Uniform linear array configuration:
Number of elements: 16
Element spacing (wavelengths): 0.75
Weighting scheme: uniform
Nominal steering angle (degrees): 30
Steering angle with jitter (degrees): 31.899
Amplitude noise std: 0.05
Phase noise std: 0.05

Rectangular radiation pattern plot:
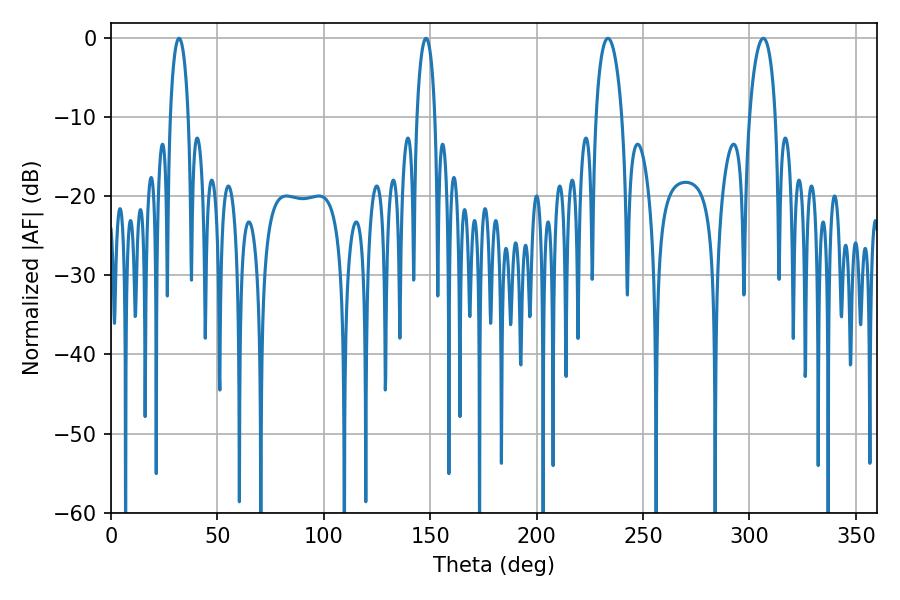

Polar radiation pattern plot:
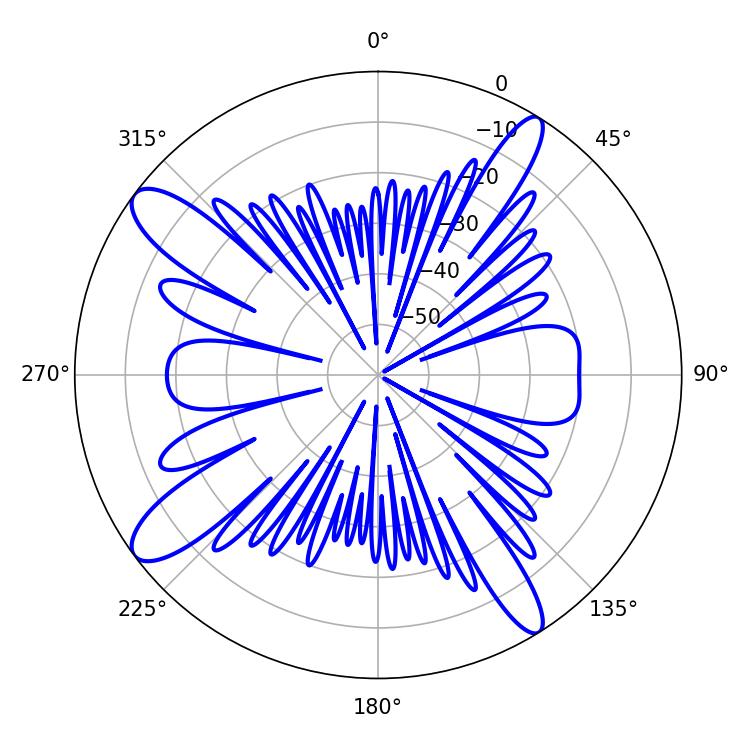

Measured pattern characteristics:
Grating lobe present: TRUE
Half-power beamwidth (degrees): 6.84
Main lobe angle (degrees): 233.46